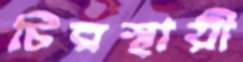
চিরস্থায়ী